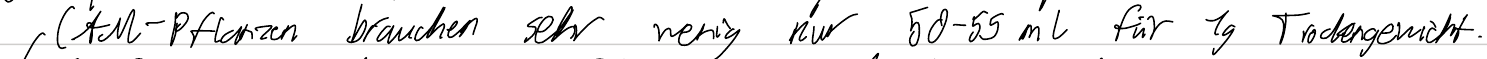
CAM-Pflanzen brauchen sehr wenig nur 50-55 ml für 1g Trockengewicht.